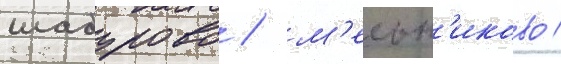
шабурово / м'ельн'иково /